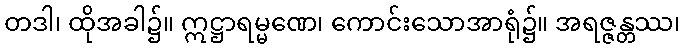
တဒါ၊ ထိုအခါ၌။ ဣဋ္ဌာရမ္မဏေ၊ ကောင်းသောအာရုံ၌။ အရဇ္ဇန္တဿ၊